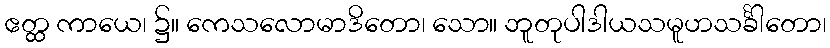
ဧတ္ထ ကာယေ၊ ၌။ ကေသလောမာဒိတော၊ သော။ ဘူတုပါဒါယသမူဟသင်္ခါတော၊